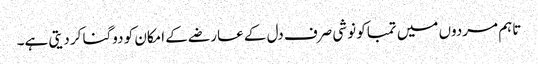
تاہم مردوں میں تمباکو نوشی صرف دل کے عارضے کے امکان کو دوگنا کر دیتی ہے۔